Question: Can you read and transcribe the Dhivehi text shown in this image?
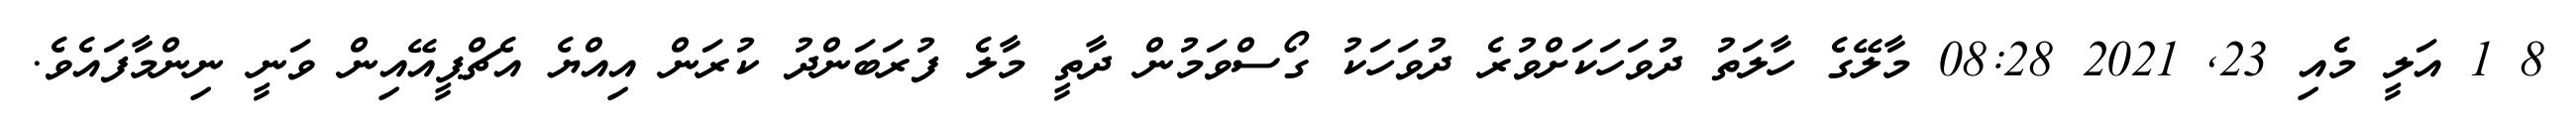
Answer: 8 1 އަލީ މެއި 23, 2021 08:28 މާލޭގެ ހާލަތު ދުވަހަކަށްވުރެ ދުވަހަކު ގޯސްވަމުން ދާތީ މާލެ ފުރަބަންދު ކުރަން އިއްޔެ އެޗްޕީއޭއިން ވަނީ ނިންމާފައެވެ.